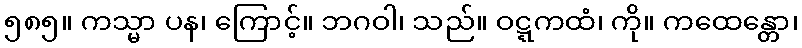
၅၈၅။ ကသ္မာ ပန၊ ကြောင့်။ ဘဂဝါ၊ သည်။ ဝဋ္ဋကထံ၊ ကို။ ကထေန္တော၊